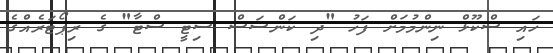
ހައި ސްކޫޅް ނިންމުމަށް ފަހު "ދި ކަންސަސް ސިޓީ ސްޓާ" ގެ ރިޕޯޓަރެއްގެ